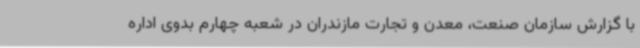
با گزارش سازمان صنعت، معدن و تجارت مازندران در شعبه چهارم بدوی اداره